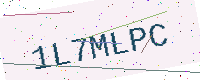
Text: 1L7MLPC